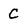
Character: C